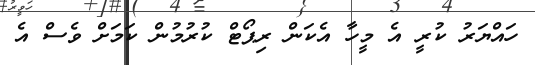
ހައްޔަރު ކުރީ އެ މީހާ އެކަން ރިޕޯޓް ކުރުމުން ކަމަށް ވެސް އެ